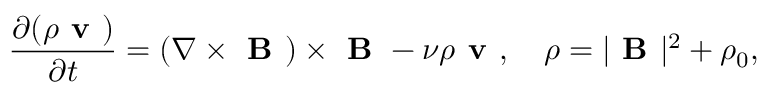
\frac { \partial ( \rho \textbf { v } ) } { \partial t } = ( \nabla \times \textbf { B } ) \times \textbf { B } - \nu \rho \textbf { v } , \quad \rho = | \textbf { B } | ^ { 2 } + \rho _ { 0 } ,